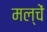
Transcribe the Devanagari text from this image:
मल्चें